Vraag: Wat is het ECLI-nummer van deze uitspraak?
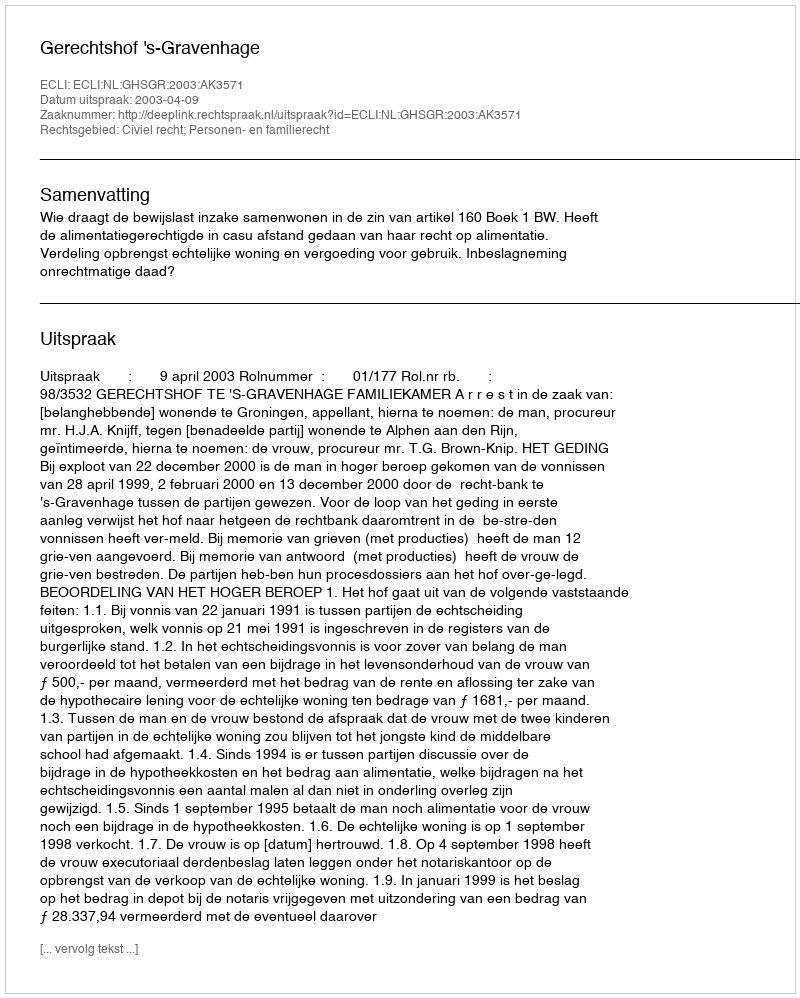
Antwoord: ECLI:NL:GHSGR:2003:AK3571